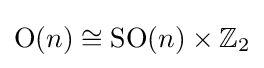
{\text{O}}(n)\cong {\text{SO}}(n)\times \mathbb {Z} _{2}